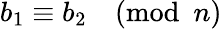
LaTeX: b_{1}\equiv b_{2}{\pmod{n}}